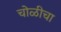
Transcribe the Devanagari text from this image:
चोळीचा